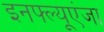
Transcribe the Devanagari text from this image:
इनफ्ल्यूएंजा